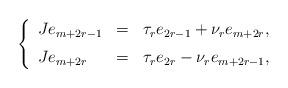
LaTeX: \begin{align*}\left\{\begin{array}{lcl}Je_{m+2r-1} & = & \tau_r e_{2r-1}+\nu_re_{m+2r}, \medskip \\Je_{m+2r} & = & \tau_r e_{2r}-\nu_re_{m+2r-1},\end{array}\right.\end{align*}